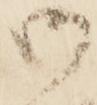
御